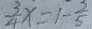
\frac { 3 } { 4 } x = 1 - \frac { 3 } { 5 }